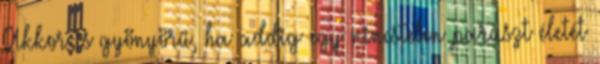
Akkor is gyönyörű, ha addig egy nincstelen paraszt életét